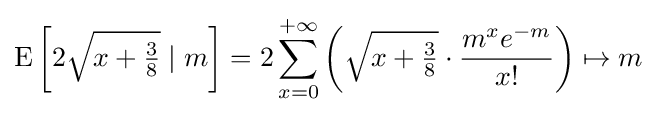
\operatorname {E} \left[2{\sqrt {x+{\tfrac {3}{8}}}}\mid m\right]=2\sum _{x=0}^{+\infty }\left({\sqrt {x+{\tfrac {3}{8}}}}\cdot {\frac {m^{x}e^{-m}}{x!}}\right)\mapsto m